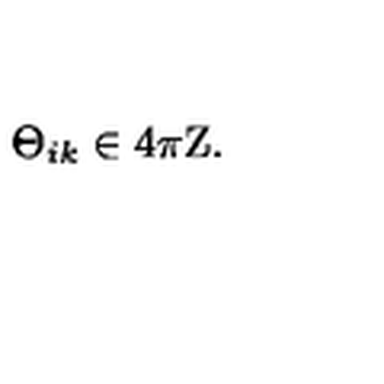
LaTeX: \Theta _ { i k } \in 4 \pi { \mathrm { \boldmath Z } } .